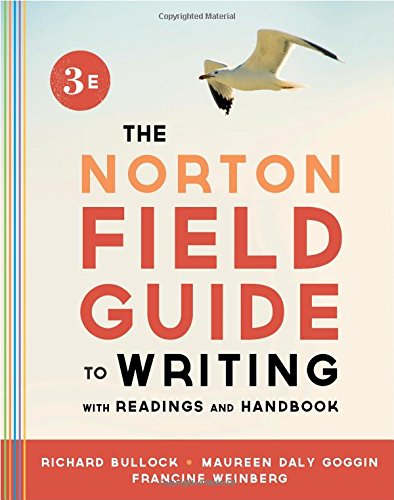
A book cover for The Norton Field Guide to Writing, with Readings and Handbook (Third Edition); Richard Bullock; Reference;